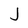
Character: J